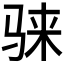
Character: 𱅕